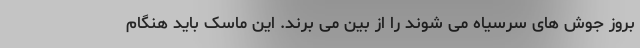
بروز جوش های سرسیاه می شوند را از بین می برند. این ماسک باید هنگام